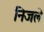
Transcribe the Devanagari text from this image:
निजले